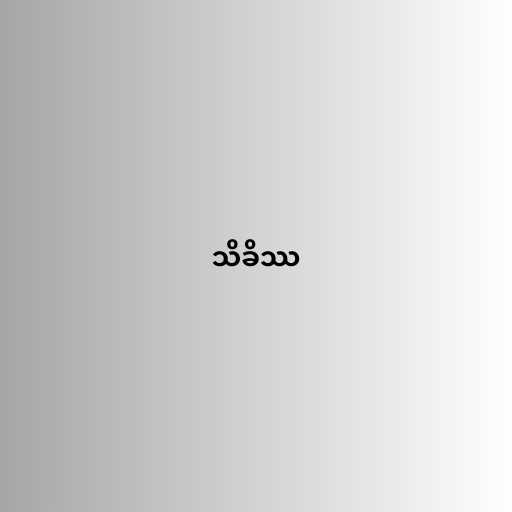
သိခိဿ